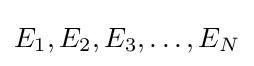
E_{1},E_{2},E_{3},\ldots ,E_{N}